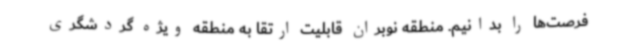
فرصت‌ها را بدانیم. منطقه نوبران قابلیت ارتقا به منطقه ویژه گردشگری